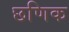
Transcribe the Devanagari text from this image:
छणिक